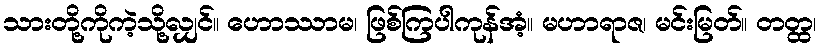
သားတို့ကိုကဲ့သို့လျှင်။ ဟောဿာမ၊ ဖြစ်ကြပါကုန်အံ့။ မဟာရာဇ၊ မင်းမြတ်။ တတ္ထ၊